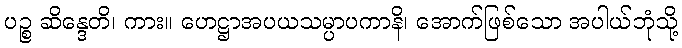
ပဉ္စ ဆိန္ဒေတိ၊ ကား။ ဟေဋ္ဌာအပယသမ္ပာပကာနိ၊ အောက်ဖြစ်သော အပါယ်ဘုံသို့